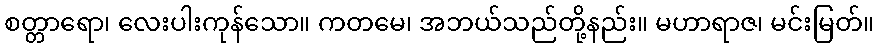
စတ္တာရော၊ လေးပါးကုန်သော။ ကတမေ၊ အဘယ်သည်တို့နည်း။ မဟာရာဇ၊ မင်းမြတ်။